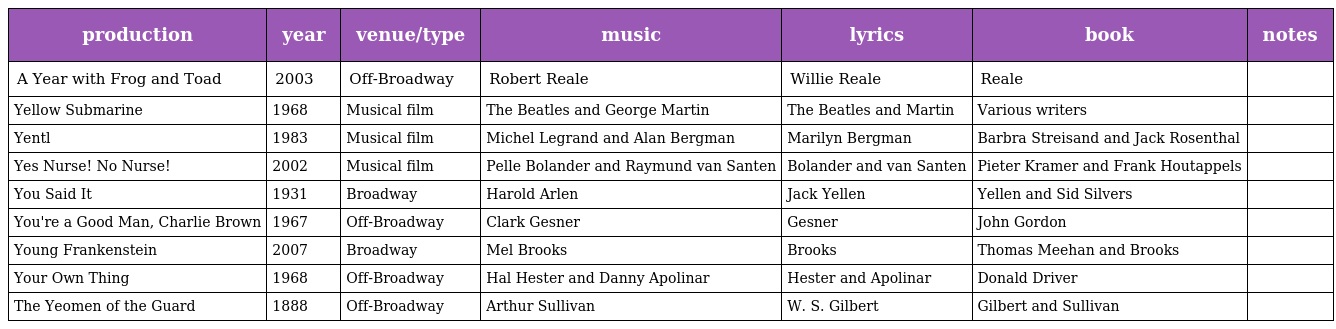
| production | year | venue/type | music | lyrics | book | notes |
 | --- | --- | --- | --- | --- | --- | --- |
 | A Year with Frog and Toad | 2003 | Off-Broadway | Robert Reale | Willie Reale | Reale |  |
 | Yellow Submarine | 1968 | Musical film | The Beatles and George Martin | The Beatles and Martin | Various writers |  |
 | Yentl | 1983 | Musical film | Michel Legrand and Alan Bergman | Marilyn Bergman | Barbra Streisand and Jack Rosenthal |  |
 | Yes Nurse! No Nurse! | 2002 | Musical film | Pelle Bolander and Raymund van Santen | Bolander and van Santen | Pieter Kramer and Frank Houtappels |  |
 | You Said It | 1931 | Broadway | Harold Arlen | Jack Yellen | Yellen and Sid Silvers |  |
 | You're a Good Man, Charlie Brown | 1967 | Off-Broadway | Clark Gesner | Gesner | John Gordon |  |
 | Young Frankenstein | 2007 | Broadway | Mel Brooks | Brooks | Thomas Meehan and Brooks |  |
 | Your Own Thing | 1968 | Off-Broadway | Hal Hester and Danny Apolinar | Hester and Apolinar | Donald Driver |  |
 | The Yeomen of the Guard | 1888 | Off-Broadway | Arthur Sullivan | W. S. Gilbert | Gilbert and Sullivan |  |